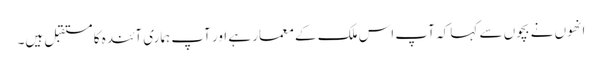
انھوں نے بچوں سے کہا کہ آپ اس ملک کے معمار ہے اور آپ ہماری آئندہ کا مستقبل ہیں۔